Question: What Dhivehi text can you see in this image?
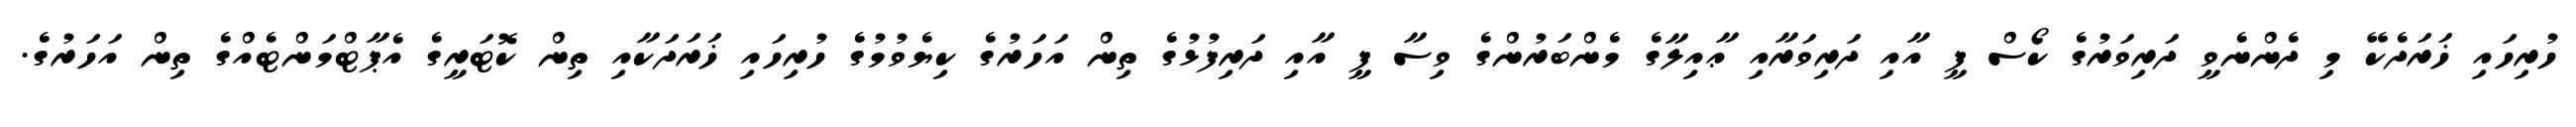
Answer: ހުރިހައި ޚަރަދެކޭ މި ދެންނެވީ ދަރިވަރުގެ ކޯސް ފީ އާއި ދަރިވަރާއި ޢާއިލާގެ މެންބަރުންގެ ވިސާ ފީ އާއި ދަރިފުޅުގެ ތިން އަހަރުގެ ކިޔެވުމުގެ ހުރިހައި ޚަރަދަކާއި ތިން ކޮޓަރީގެ އެޕާޓްމަންޓެއްގެ ތިން އަހަރުގެ.